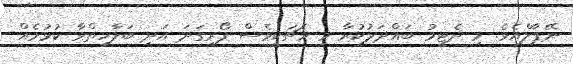
ނޭޕާލްއެވެ. މި ދެޓީމު ބައްދަލުކުރާ މި މެޗަކީވެސް ފޯރިގަދަ އަދި ބަލާހިތްވާ ކުޅުމެއް